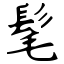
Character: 髦